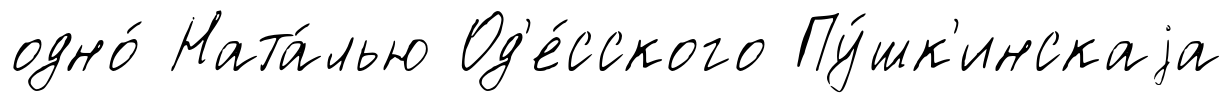
одно́ Ната́лью Од'е́сского Пу́шк'инскаjа